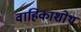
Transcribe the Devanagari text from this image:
वाहिकाशोथ